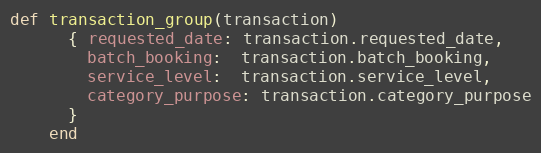
Language: Ruby
def transaction_group(transaction)
      { requested_date: transaction.requested_date,
        batch_booking:  transaction.batch_booking,
        service_level:  transaction.service_level,
        category_purpose: transaction.category_purpose
      }
    end